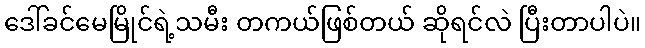
ဒေါ်ခင်မေမြိုင်ရဲ့သမီး တကယ်ဖြစ်တယ် ဆိုရင်လဲ ပြီးတာပါပဲ။